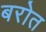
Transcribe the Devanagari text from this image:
बरोत